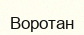
Воротан